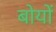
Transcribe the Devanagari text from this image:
बोयों